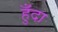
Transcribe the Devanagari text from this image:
हुँदा